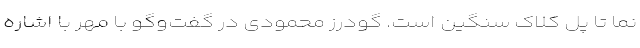
نما تا پل کلاک سنگین است. گودرز محمودی در گفت‌وگو با مهر با اشاره